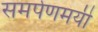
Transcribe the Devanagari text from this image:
समर्पणमयी